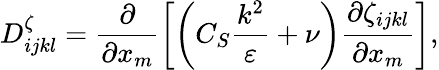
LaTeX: D_{ijkl}^{\zeta}=\frac{\partial}{\partial x_{m}}\left[\left(C_{S}\frac{k^{2}}{\varepsilon}+\nu\right)\frac{\partial\zeta_{ijkl}}{\partial x_{m}}\right],